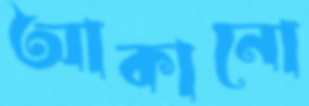
আকানো